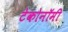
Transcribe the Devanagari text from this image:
टेकोनॉमी